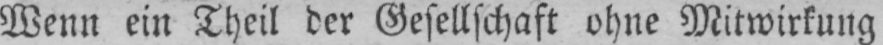
Wenn ein Theil der Gesellschaft ohne Mitwirkung